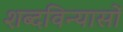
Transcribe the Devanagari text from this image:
शब्दविन्यासों